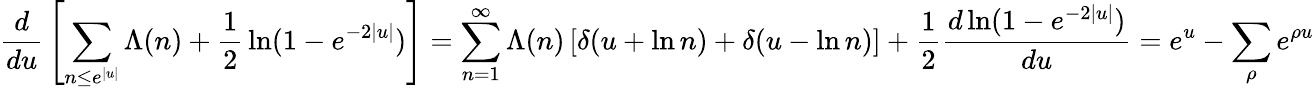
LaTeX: {\frac{d}{du}}\left[\sum_{n\leq e^{|u|}}\Lambda(n)+{\frac{1}{2}}\ln(1-e^{-2|u|})\right]=\sum_{n=1}^{\infty}\Lambda(n)\left[\delta(u+\ln n)+\delta(u-\ln n)\right]+{\frac{1}{2}}{\frac{d\ln(1-e^{-2|u|})}{du}}=e^{u}-\sum_{\rho}e^{\rho u}